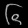
Digit: ၆